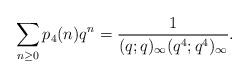
LaTeX: \begin{align*}\sum_{n\ge 0}p_{4}(n)q^n=\frac{1}{(q;q)_\infty(q^{4};q^{4})_\infty}.\end{align*}